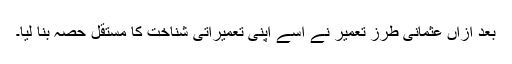
بعد ازاں عثمانی طرز تعمیر نے اسے اپنی تعمیراتی شناخت کا مستقل حصہ بنا لیا۔